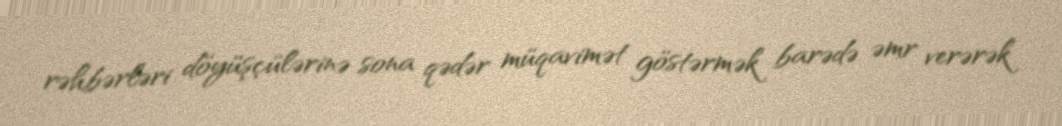
rəhbərləri döyüşçülərinə sona qədər müqavimət göstərmək barədə əmr verərək